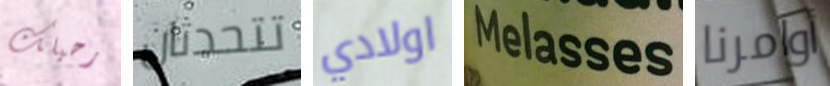
رحيلك تتحدثان اولادي Melasses أوامرنا